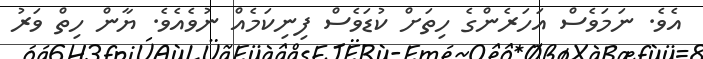
އެވެ. ނަމަވެސް އަހަރެންގެ ހިތަށް ކުޑަވެސް ފިނިކަމެއް ނުވެއެވެ. ޔާން ހިތް ވަރު